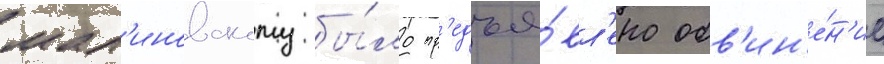
мал'иновскому бы́ло пр'едъя́вл'ено обв'ин'е́н'ие